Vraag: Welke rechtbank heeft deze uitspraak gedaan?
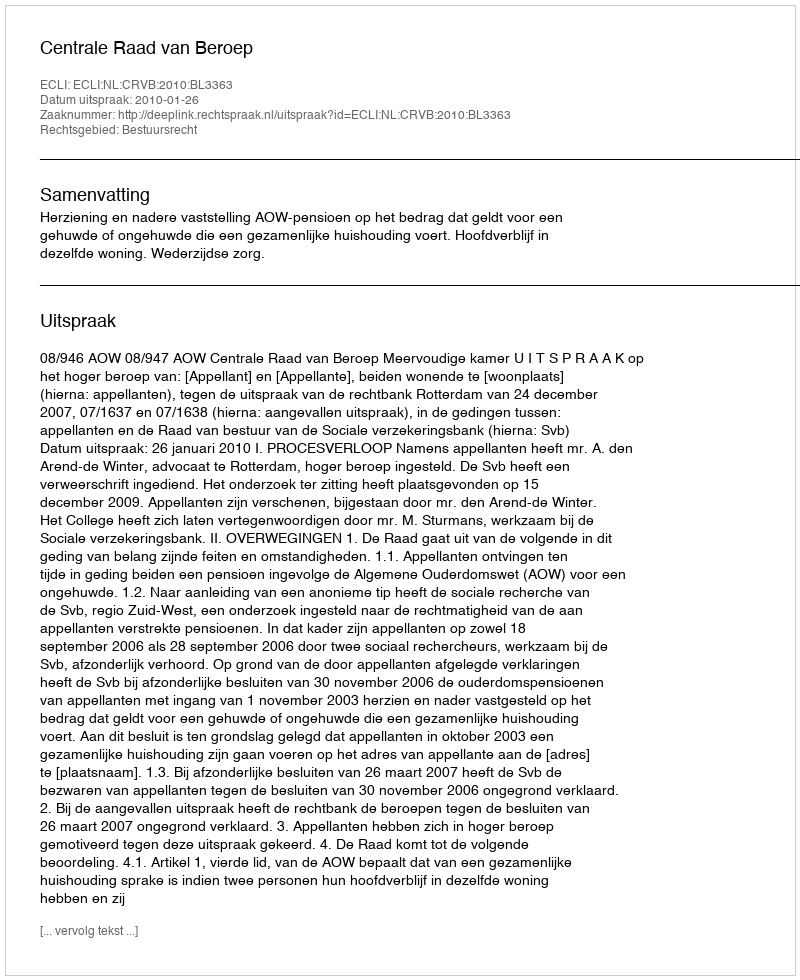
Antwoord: Centrale Raad van Beroep